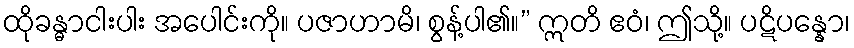
ထိုခန္ဓာငါးပါး အပေါင်းကို။ ပဇာဟာမိ၊ စွန့်ပါ၏။” ဣတိ ဧဝံ၊ ဤသို့။ ပဋိပန္နော၊